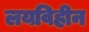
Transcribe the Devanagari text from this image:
लयविहीन